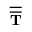
\overline { { \overline { { \mathbf { T } } } } }